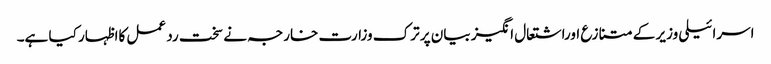
اسرائیلی وزیر کے متنازع اوراشتعال انگیز بیان پر ترک وزارت خارجہ نے سخت رد عمل کااظہار کیا ہے۔